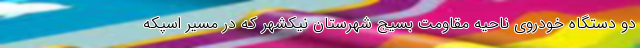
دو دستگاه خودروی ناحیه مقاومت بسیج شهرستان نیکشهر که در مسیر اسپکه